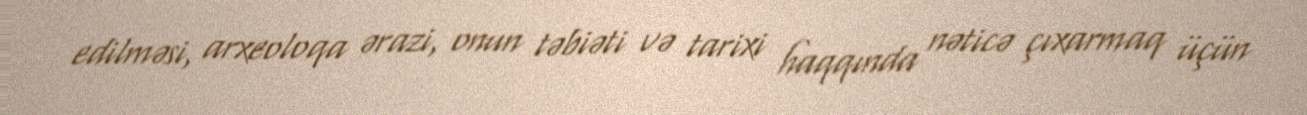
edilməsi, arxeoloqa ərazi, onun təbiəti və tarixi haqqında nəticə çıxarmaq üçün